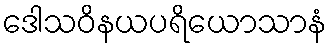
ဒေါသဝိနယပရိယောသာနံ